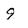
Character: 9